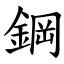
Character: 鋼